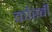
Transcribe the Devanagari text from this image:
कौस्बी